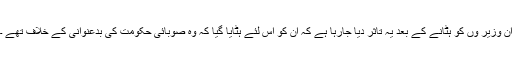
ان وزیر وں کو ہٹانے کے بعد یہ تاثر دیا جارہا ہے کہ ان کو اس لئے ہٹایا گیا کہ وہ صوبائی حکومت کی بدعنوانی کے خلاف تھے ۔